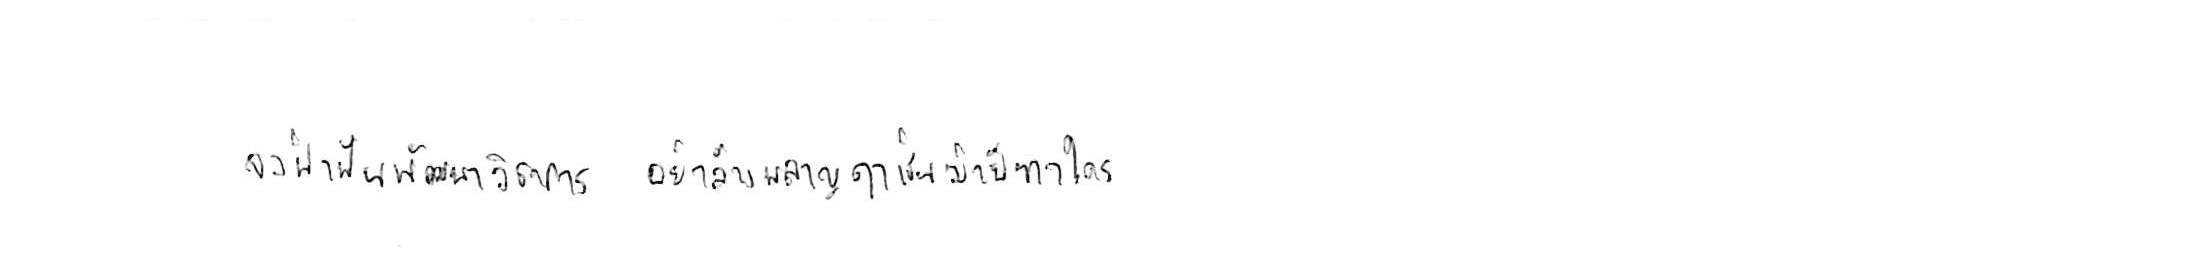
จงฝ่าฟันพัฒนาวิชาการ อย่าล้างผลาญฤๅเข่นฆ่าบีฑาใคร